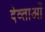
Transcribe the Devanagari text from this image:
देव्ताओं